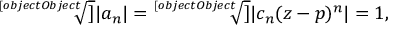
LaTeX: { \sqrt [ [object Object] ] { | a _ { n } | } } = { \sqrt [ [object Object] ] { | c _ { n } ( z - p ) ^ { n } | } } = 1 ,